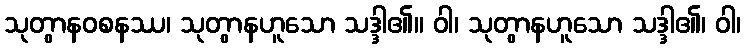
သုတွာနဝစနဿ၊ သုတွာနဟူသော သဒ္ဒါ၏။ ဝါ၊ သုတွာနဟူသော သဒ္ဒါ၏၊ ဝါ၊